Vaccination in Burma 1889-1999 - 1889-1999
Year: 1889
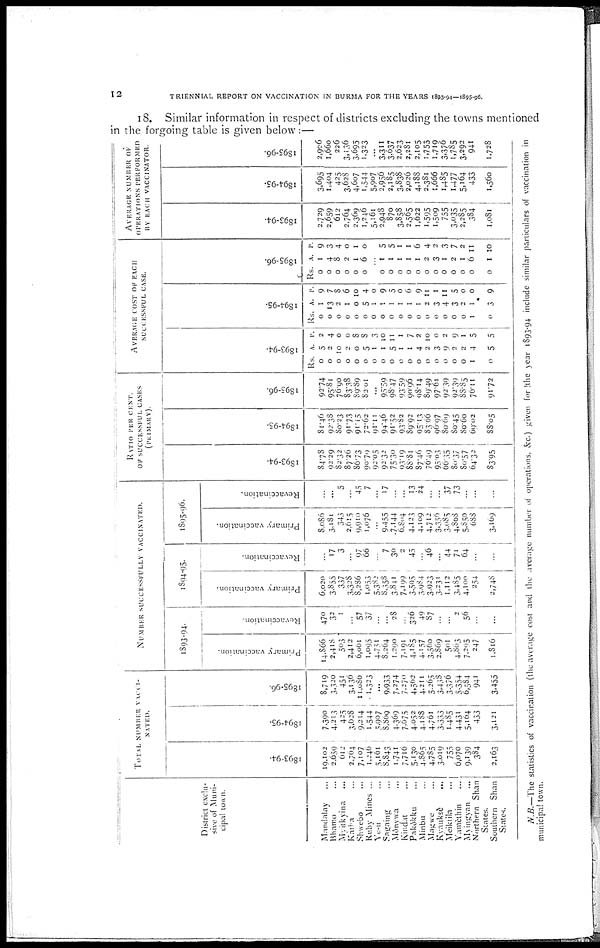
12
TRIENNIAL REPORT ON VACCINATION IN BURMA FOR THE YEARS 1893-94—1895-96.
18. Similar information in respect of districts excluding the towns mentioned
in the forgoing table is given below:—
District exclu-
sive of Muni-
cipal town.
Mandalay ...
Bhamo ...
Myitkyina ...
Katha ...
Shwebo ...
Ruby Mines ...
Ye-u ...
Sagaing ...
Mônywa ...
Kindat ...
Pakôkku ...
Minbu ...
Magwe ...
Kvauksè
...
Meiktila ...
Yamèthin ...
Myingyan ...
Northern Shan
States.
Southern Shan
States.
TOTAL NUMBER VACCI-
NATED.
1893-94.
19,102
2,659
612
2,764
7,107
1,046
5,161
8,843
1,741
7,716
5,130
4,865
4,785
3,019
755
6,070
9,139
384
2,163
1894-95.
7,390
4,213
425
3,628
9,214
1,544
5,907
8,869
4,369
7,675
4,052
4,188
4,761
3,333
1,485
4,431
5,164
433
3,121
1895-96.
8,719
3,320
451
3,136
11,080
1,323
...
9,933
7,274
7,270
4,502
4,211
5,265
3,438
3,376
5,354
6,584
941
3,455
NUMBER SUCCESSFULLY VACCINATED.
1893-94.
Primary vaccination.
14,866
2,418
503
2,412
6,061
1,095
4,751
8,264
1,290
7,191
4,185
4,157
3,560
2,869
501
4,863
7,295
247
1,816
Revaccination.
470
32
1
...
57
37
...
...
28
...
326
49
87
...
...
2
56
...
...
1894-95.
Primary vaccination.
6,020
3,855
337
3,328
8,286
1,053
5,382
8,358
3,841
7,199
3,505
3,984
3,923
3,231
1,112
3,485
4,100
254
2,748
Revaccination.
...
17
3
...
97
66
...
7
30
2
45
...
46
...
44
71
64
...
...
1895-96.
Primary vaccination.
8,086
3,181
343
2,615
9,910
1,076
...
9,455
7,144
6,804
4,123
4,109
4,712
3,356
3,085
4,808
5,850
688
3,169
Revaccination.
...
...
5
...
45
7
...
17
...
...
13
24
...
...
37
73
...
...
...
RATIO PER CENT.
OF SUCCESSFUL CASES
(PRIMARY).
1893-94.
84.78
92.29
82.32
87.26
86.73
90.79
92.05
92.32
75.30
93.19
88.81
87.46
76.49
95.03
66.35
80.37
80.57
64.32
83.95
1894-95.
81.46
92.38
80.23
91.73
91.15
72.62
91.11
94.46
91.52
93.82
89.92
95.13
83.66
96.97
80.69
80.45
80.60
69.02
88.05
1895-96.
92.74
95.81
76.90
83.38
89.89
82.01
...
95.59
98.47
93.59
90.96
98.14
89.49
97.61
92.39
92.39
88.85
76.11
91.72
AVERAGE COST OF EACH
SUCCESSFUL CASE.
1893-94.
Rs.
0
0
0
0
0
0
0
0
0
0
0
0
0
0
0
0
0
1
0
A.
5
2
10
2
0
5
1
1
5
1
1
4
2
3
9
2
2
4
5
P.
2
4
0
0
8
8
3
10
11
1
7
2
10
0
2
9
1
5
5
1894-95.
Rs.
0
0
0
0
0
0
0
0
0
0
0
0
0
0
0
0
0
1
0
A.
1
13
2
1
0
5
1
1
1
1
1
1
2
3
4
3
2
1
3
P.
9
7
8
6
10
4
0
9
5
0
0
9
11
1
11
5
0
0
9
1895-96.
Rs.
0
0
0
0
0
0
A.
1
4
8
2
1
6
P.
9
3
4
0
1
0
...
0
0
0
0
0
0
0
0
0
0
0
0
1
1
1
1
1
2
3
1
2
1
6
1
5
5
1
1
6
4
2
3
7
2
11
10
AVERAGE NUMBER OF
OPERATIONS PERFORMED
BY EACH VACCINATOR.
1893-94.
2,729
2,659
612
2,764
2,369
1,246
5,161
2,948
870
3,858
2,565
1,622
1,595
1,509
755
3,035
2,285
384
1,081
1894-95.
3,695
1,404
425
3,628
4,607
1,544
5,907
2,956
2,185
3,838
2,026
4,188
2,381
1,666
1,485
1,477
5,164
433
1,560
1895-96.
2,906
1,660
226
3,136
3,695
1,323
...
3,311
3,637
2,623
2,281
2,105
1,755
1,719
3,376
1,785
3,192
941
1,728
N.B.—The statistics of vaccination (the average cost and the average number of operations, &c.) given for the year 1893-94 include similar particulars of vaccination in
municipal town.